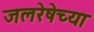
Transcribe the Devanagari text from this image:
जलरेषेच्या